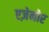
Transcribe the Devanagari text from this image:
एज़ेनोर